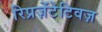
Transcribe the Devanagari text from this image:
रिप्रज़ेंटेटिवज़